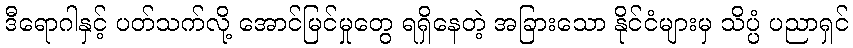
ဒီရောဂါနှင့် ပတ်သက်လို့ အောင်မြင်မှုတွေ ရရှိနေတဲ့ အခြားသော နိုင်ငံများမှ သိပ္ပံ ပညာရှင်